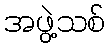
အဖွဲ့သစ်